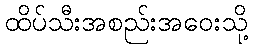
ထိပ်သီးအစည်းအဝေးသို့